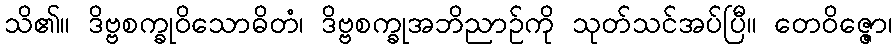
သိ၏။ ဒိဗ္ဗစက္ခုဝိသောဓိတံ၊ ဒိဗ္ဗစက္ခုအဘိညာဉ်ကို သုတ်သင်အပ်ပြီ။ တေဝိဇ္ဇော၊